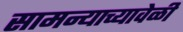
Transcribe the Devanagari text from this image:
सामन्याच्यावेळी